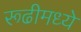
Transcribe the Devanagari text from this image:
रूढीमध्ये